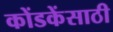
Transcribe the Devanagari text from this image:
कोंडकेंसाठी